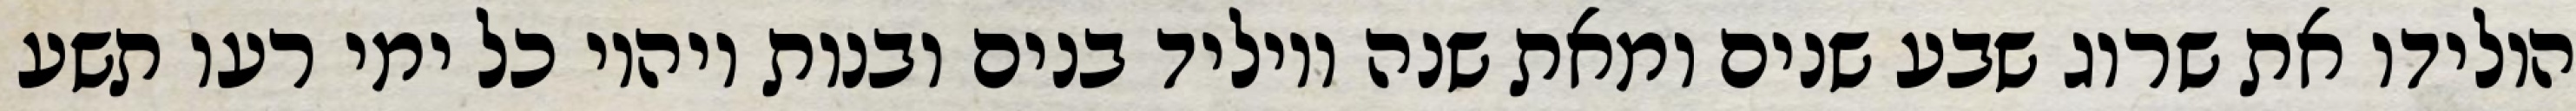
הולידו את שרוג שבע שנים ומאת שנה ויוליד בנים ובנות ויהיו כל ימי רעו תשע